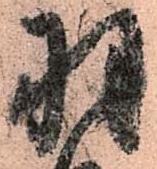
羽